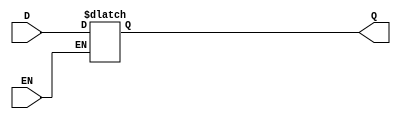
// latch 
module  my_latch (
    input wire EN ,
    input wire D ,

    output reg Q
);

always @(EN or D) begin
    if (EN) begin
        Q = D;    
    end
    
end

endmodule